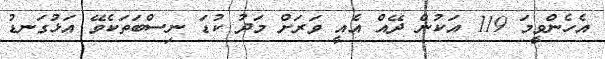
އެހެންވީމަ 119 އަކުން ދޭއް އެއީ ވަރަށް މަދު ކުޑަ ނިސްބަތަކެވޭ އަޅުގަނޑު